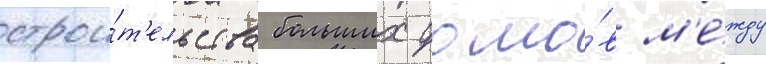
строи́т'ельства больших домо́в м'е́жду